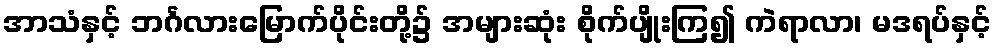
အာသံနှင့် ဘင်္ဂလားမြောက်ပိုင်းတို့၌ အများဆုံး စိုက်ပျိုးကြ၍ ကဲရာလာ၊ မဒရပ်နှင့်